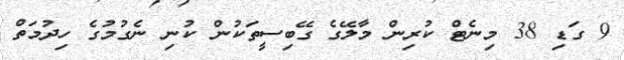
9 ގަޑި 38 މިނެޓް ކުރިން މާލޭގެ ގޭބިސީތަކުން ކުނި ނެގުމުގެ ހިދުމަތް